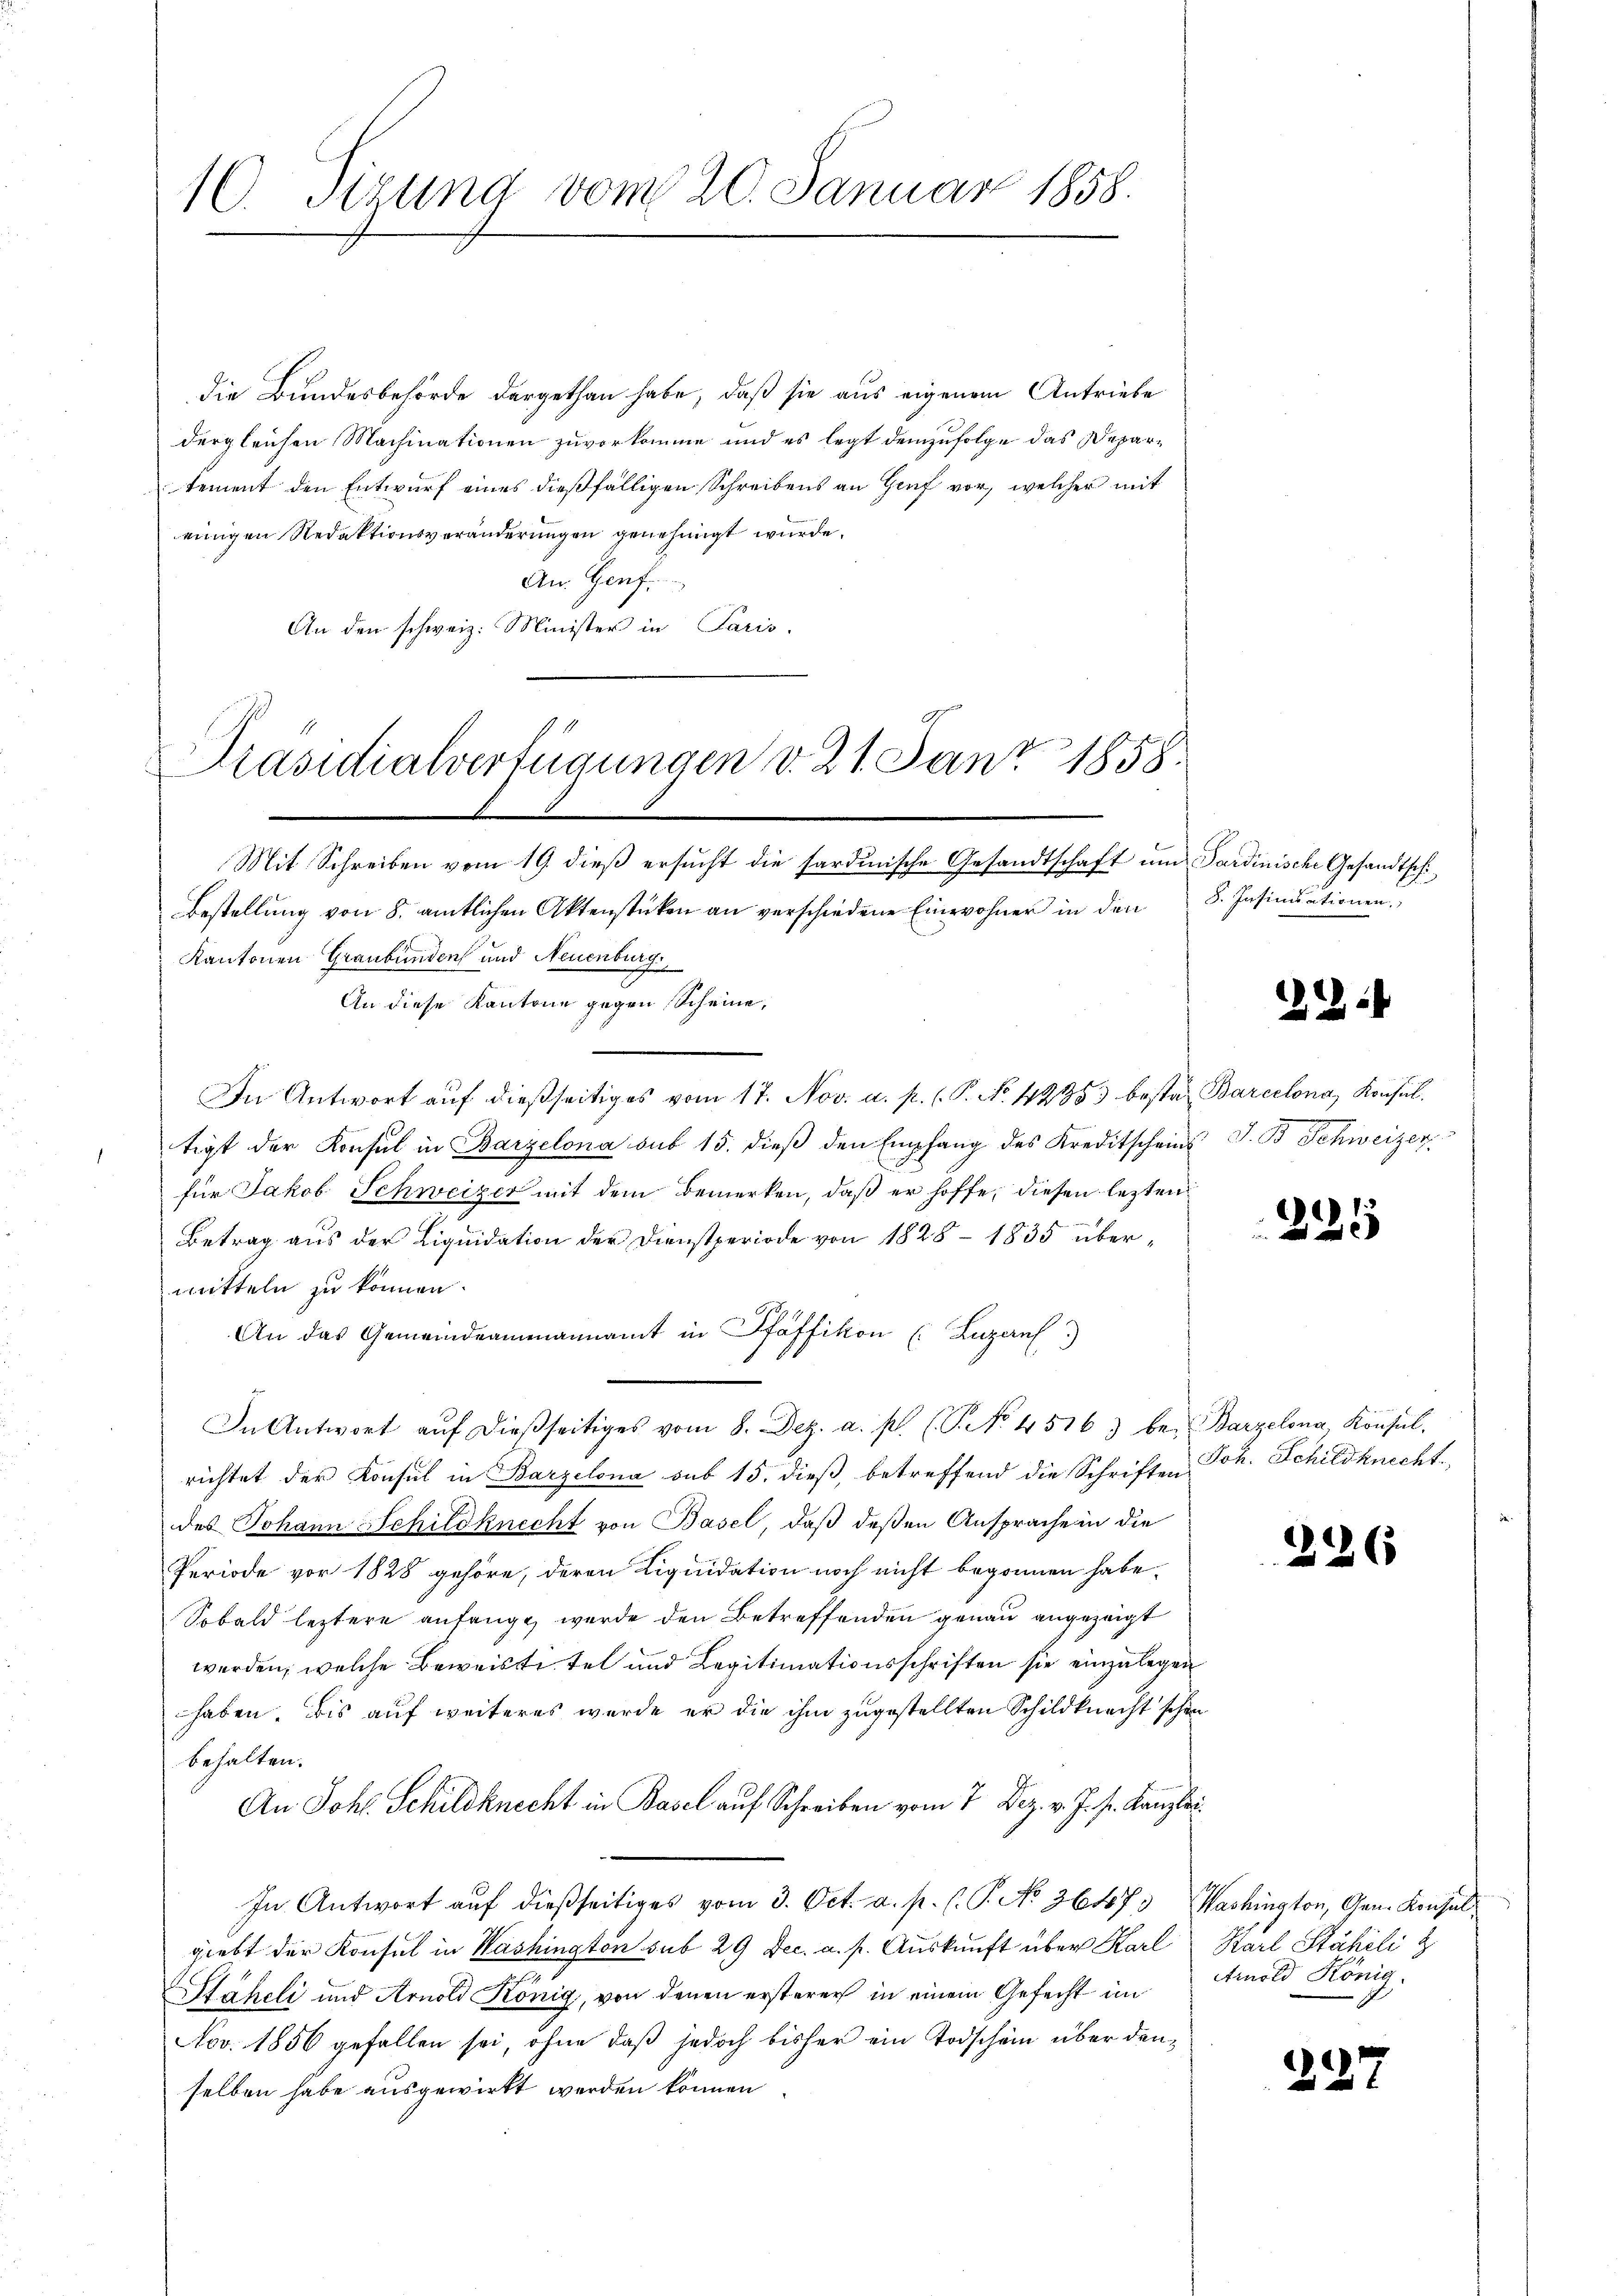
10. Tizung vom 20. Januar 1858.

die Bundesbehörde dargethan habe, daß sie aus eigenem Antriebe
dergleichen Machinationen zuvorkomme und es legt demzufolge das Departement den Entwurf eines dießfälligen Schreibens an Genf vor, welcher mit
einigen Redaktionsveränderungen genehmigt wurde.
An. Genf,
An den schweiz. Minister in Paris.

Präsidialverfügungen d. 21. Juni 1858.

Mit Schreiben vom 19. dieß ersucht die sardinische Gesandtschaft um Sardinische Gesandtschi¬
Bestellŭng von 8. amtlichen Aktenstücken an verschiedene Einwohner in den 8. Insinuationen.
Kantonen Graubünden und Neuenburg,
An diese Kantone gegen Scheine,
In Antwort auf dießseitiges vom 17. Nov. a. p. (P. No. 42353 bestat Barcelona, Konsultigt der Konsul in Barzelona sub 15. dieβ den Empfang des Kreditscheins J. B. Schweizer
für Jakob Schweizer mit dem Bemerken, daß er hoffe, diesen lezten
Betrag aus der Liquidation der Dienstperiode von 1828 – 1835 übermitteln zu können.
An das Gemeindeammannamt in Pfäffikon (Luzern)
In Antwort aŭf dießseitiges vom 8. Dez. a. p. (T. No. 45163 be- Barzelona, Konsul-
richtet der Konsul in Barzelona sub 15. dieß, betreffend die Schriften Joh. Schildknecht
des Johann Schildknecht von Basel, daß deßen Ansprache in die
Periode vor 1828 gehöre, deren Liquidation noch nicht begonnen habe.
Sobald leztere anfangt werde den Betreffenden genau angezeigt
werden, welche Beweiste tel und Legitimationsschriften sie einzulegen
haben. Bis auf weiteres werde er die ihm zugestellten Schildknecht schon
behalten.
An Johs. Schildknecht in Basel auf Schreiben vom 7. Dez. v. J. pr. Kanzlei
In Antwort auf dießseitiges vom 3. Oct. a. p. C. P. No. 36473 Washington, Arn. Konsul
giebt der Konsul in Washington sub 29 Dec. a. p. Auskunft über Karl Karl Stäheli
Stäheli und Arnold König, von denen ersterer in einem Gefecht im
Nov. 1856 gefallen sei, ohne daß jedoch bisher ein Todschein über denselben habe ausgewirkt werden können.

12

225

226

Amold König.

227